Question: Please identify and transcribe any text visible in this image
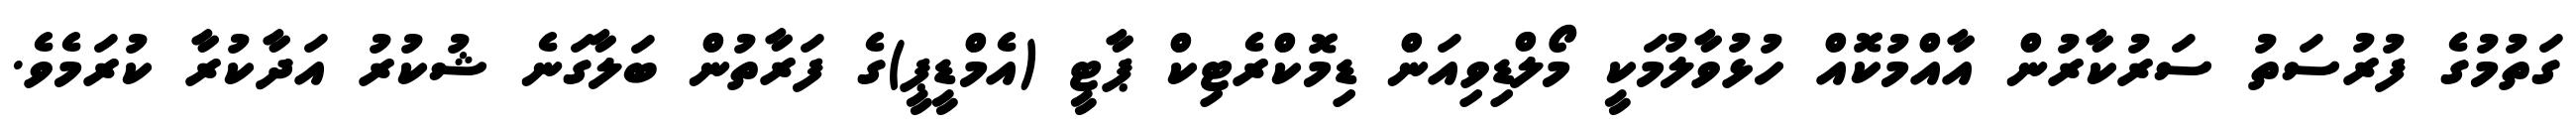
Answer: ގަތުމުގެ ފުރުސަތު ސަރުކާރުން އާއްމުކޮއް ހުޅުވާލުމަކީ މޯލްޑިވިއަން ޑިމޮކްރެޓިކް ޕާޓީ (އެމްޑީޕީ)ގެ ފަރާތުން ބަލާގަނެ ޝުކުރު އަދާކުރާ ކުރަމެވެ.